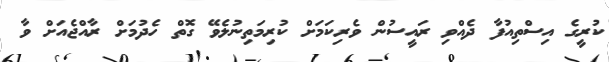
ކުރީގެ އިސްތިއުފާ ދެއްވި ރައީސުން ވެރިކަމަށް ކުރިމަތިނުލެވޭ ގޮތް ހެދުމަށް ރާއްޖެއަށް ވާ